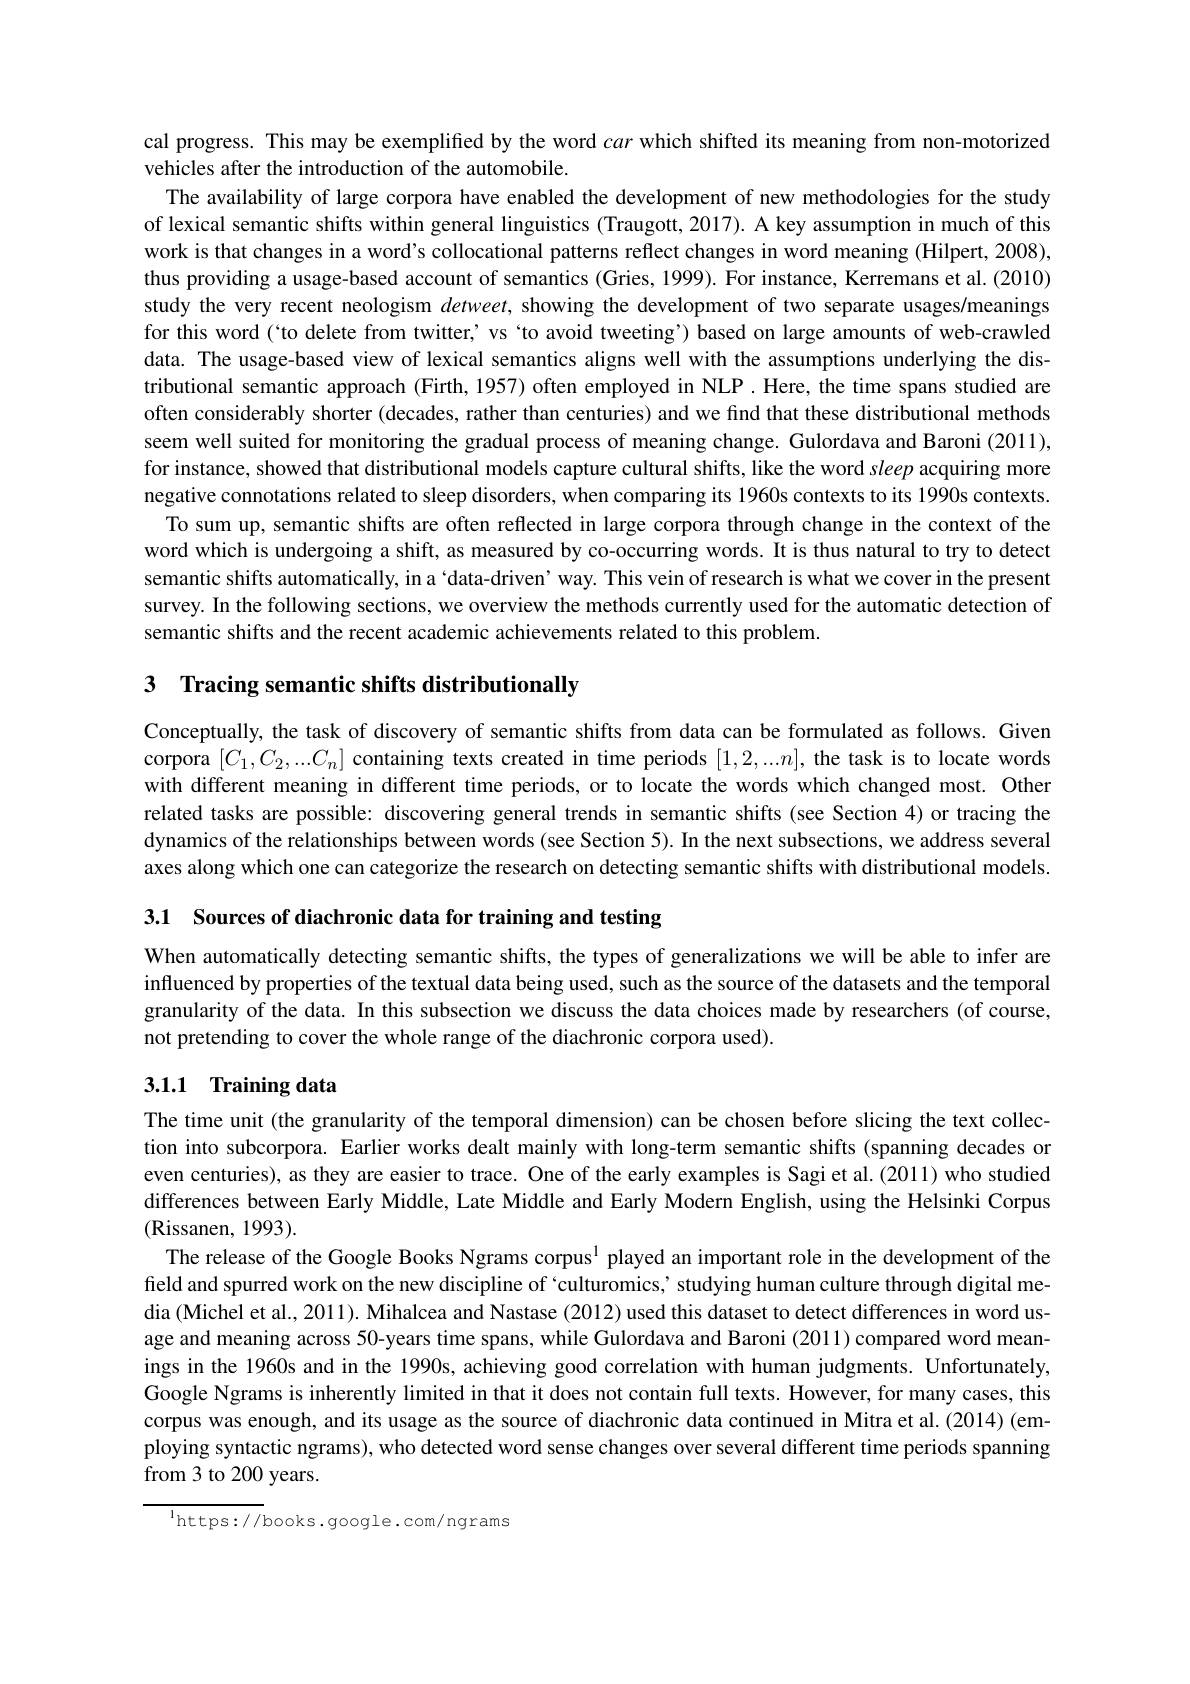
cal progress. This may be exemplified by the word car which shiffed its meaning from non-motorized
vehicles after the introduction of the automobile.
The availability of large corpora have enabled the development of new methodologies for the study of lexical semantic shifts within general linguistics (Traugott, 2017). A key assumption in much of this work is that changes in a word's collocational patterns reflect changes in word meaning (Hilpert, 2008), thus providing a usage-based account of semantics (Gries, 1999). For instance, Kerremans et al. (2010) study the very recent neologism $detweet$, showing the development of two separate usages/meanings for this word (`to delete from twitter, vs `to avoid tweeting’) based on large amounts of web-crawled data. The usage-based view of lexical semantics aligns well with the assumptions underlying the distributional semantic approach (Firth, 1957) often employed in NLP .Here, the time spans studied are often considerably shorter (decades, rather than centuries) and we find that these distributional methods seem well suited for monitoring the gradual process of meaning change. Gulordava and Baroni (2011), for instance, showed that distributional models capture cultural shifts, like the word sleep acquiring more negative connotations related to sleep disorders, when comparing its 1960s contexts to its 1990s contexts
To sum up, semantic shifts are often reflected in large corpora through change in the context of the word which is undergoing a shift, as measured by co-occurring words. It is thus natural to try to detect semantic shifts automatically, in a‘data-driven’ way. This vein of research is what we cover in the present survey. In the following sections, we overview the methods currently used for the automatic detection of semantic shifts and the recent academic achievements related to this problem

3 Tracing semantic shifts distributionally

Conceptually, the task of discovery of semantic shifts from data can be formulated as follows. Given corpora $[C_1,C_2,...C_n]$ containing texts created in time periods $[1,2,...n]$, the task is to locate words with different meaning in different time periods, or to locate the words which changed most. Other related tasks are possible: discovering general trends in semantic shifts (see Section 4) or tracing the dynamics of the relationships between words (see Section 5). In the next subsections, we address several axes along which one can categorize the research on detecting semantic shifts with distributional models.

3.1 Sources of diachronic data for training and testing

When automatically detecting semantic shifts, the types of generalizations we will be able to infer are influenced by properties of the textual data being used, such as the source of the datasets and the temporal granularity of the data. In this subsection we discuss the data choices made by researchers (of course, not pretending to cover the whole range of the diachronic corpora used).

## 3.1.1 Training data

The time unit (the granularity of the temporal dimension) can be chosen before slicing the text collection into subcorpora. Earlier works dealt mainly with long-term semantic shifts (spanning decades or even centuries), as they are easier to trace. One of the early examples is Sagi et al.(2011) who studied differences between Early Middle, Late Middle and Early Modern English, using the Helsinki Corpus (Rissanen, 1993).
The release of the Google Books Ngrams corpus$^{1}$ played an important role in the development of the field and spurred work on the new discipline of ‘culturomics,’ studying human culture through digital media (Michel et al., 2011). Mihalcea and Nastase (2012) used this dataset to detect differences in word usage and meaning across 50-years time spans, while Gulordava and Baroni (2011) compared word meanings in the 1960s and in the 1990s, achieving good correlation with human judgments. Unfortunately, Google Ngrams is inherently limited in that it does not contain full texts. However, for many cases, this corpus was enough, and its usage as the source of diachronic data continued in Mitra et al.(2014)(em-1) ploying syntactic ngrams), who detected word sense changes over several different time periods spanning from 3 to 200 years.

$^{\mathrm{l}}$https://books.google.com/ngrams